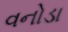
વનોડા